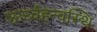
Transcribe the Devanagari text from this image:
ऊर्ध्वहन्वस्थि